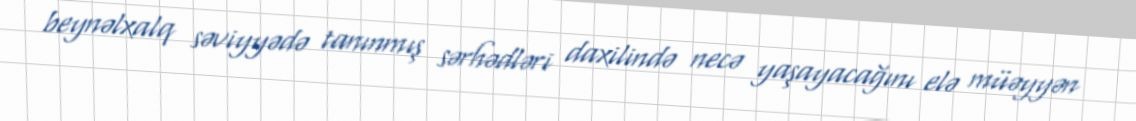
beynəlxalq səviyyədə tanınmış sərhədləri daxilində necə yaşayacağını elə müəyyən